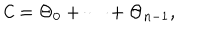
LaTeX: { \cal C } = \Theta _ { 0 } + \cdots + \Theta _ { n - 1 } ,